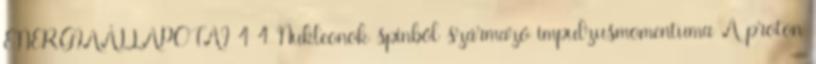
ENERGIAÁLLAPOTAI 4 4 Nukleonok spinből származó impulzusmomentuma A proton